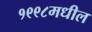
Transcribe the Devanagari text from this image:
१९९८मधील